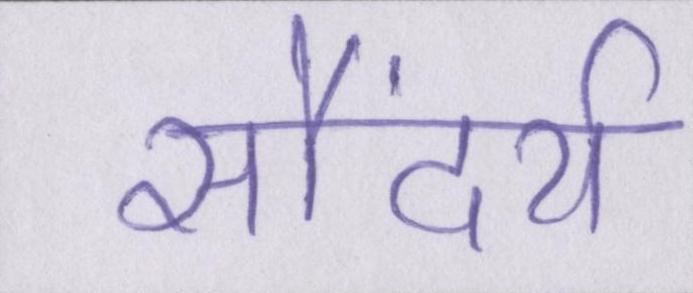
सौंदर्य